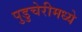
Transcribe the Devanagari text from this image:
पुडुचेरीमध्ये